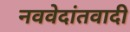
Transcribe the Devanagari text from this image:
नववेदांतवादी